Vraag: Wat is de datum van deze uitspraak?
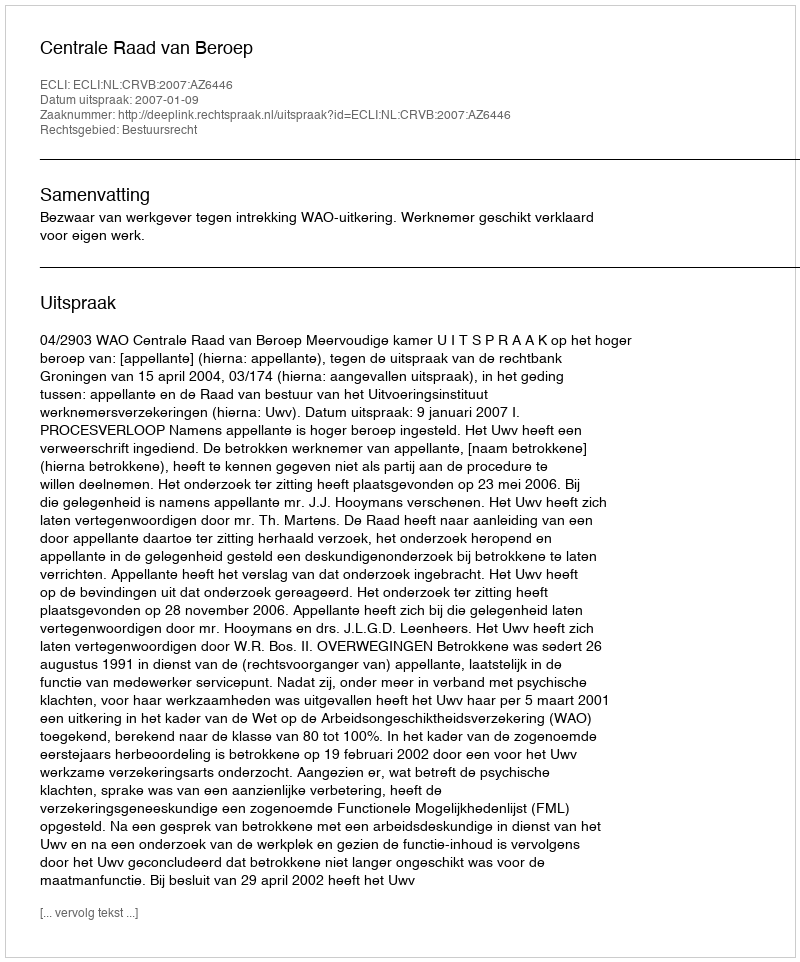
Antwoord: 2007-01-09